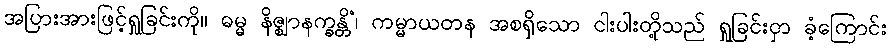
အပြားအားဖြင့်ရှုခြင်းကို။ ဓမ္မ နိဇ္ဈာနက္ခန္တိံ၊ ကမ္မာယတန အစရှိသော ငါးပါးတို့သည် ရှုခြင်းငှာ ခံ့ကြောင်း